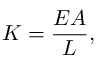
K = { \frac { E A } { L } } ,